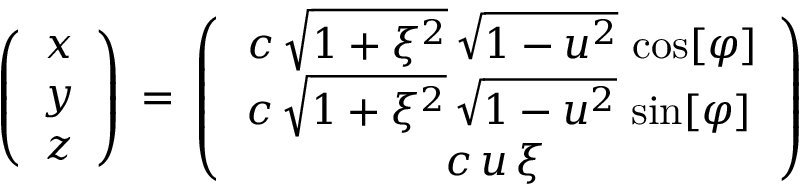
\begin{array} { r } { \left( \begin{array} { c } { x } \\ { y } \\ { z } \end{array} \right) \, = \, \left( \begin{array} { c } { \, c \, \sqrt { 1 + \xi ^ { 2 } } \, \sqrt { 1 - u ^ { 2 } } \, \cos [ \varphi ] } \\ { c \, \sqrt { 1 + \xi ^ { 2 } } \, \sqrt { 1 - u ^ { 2 } } \, \sin [ \varphi ] } \\ { c \, u \, \xi \, } \end{array} \right) \ \ } \end{array}